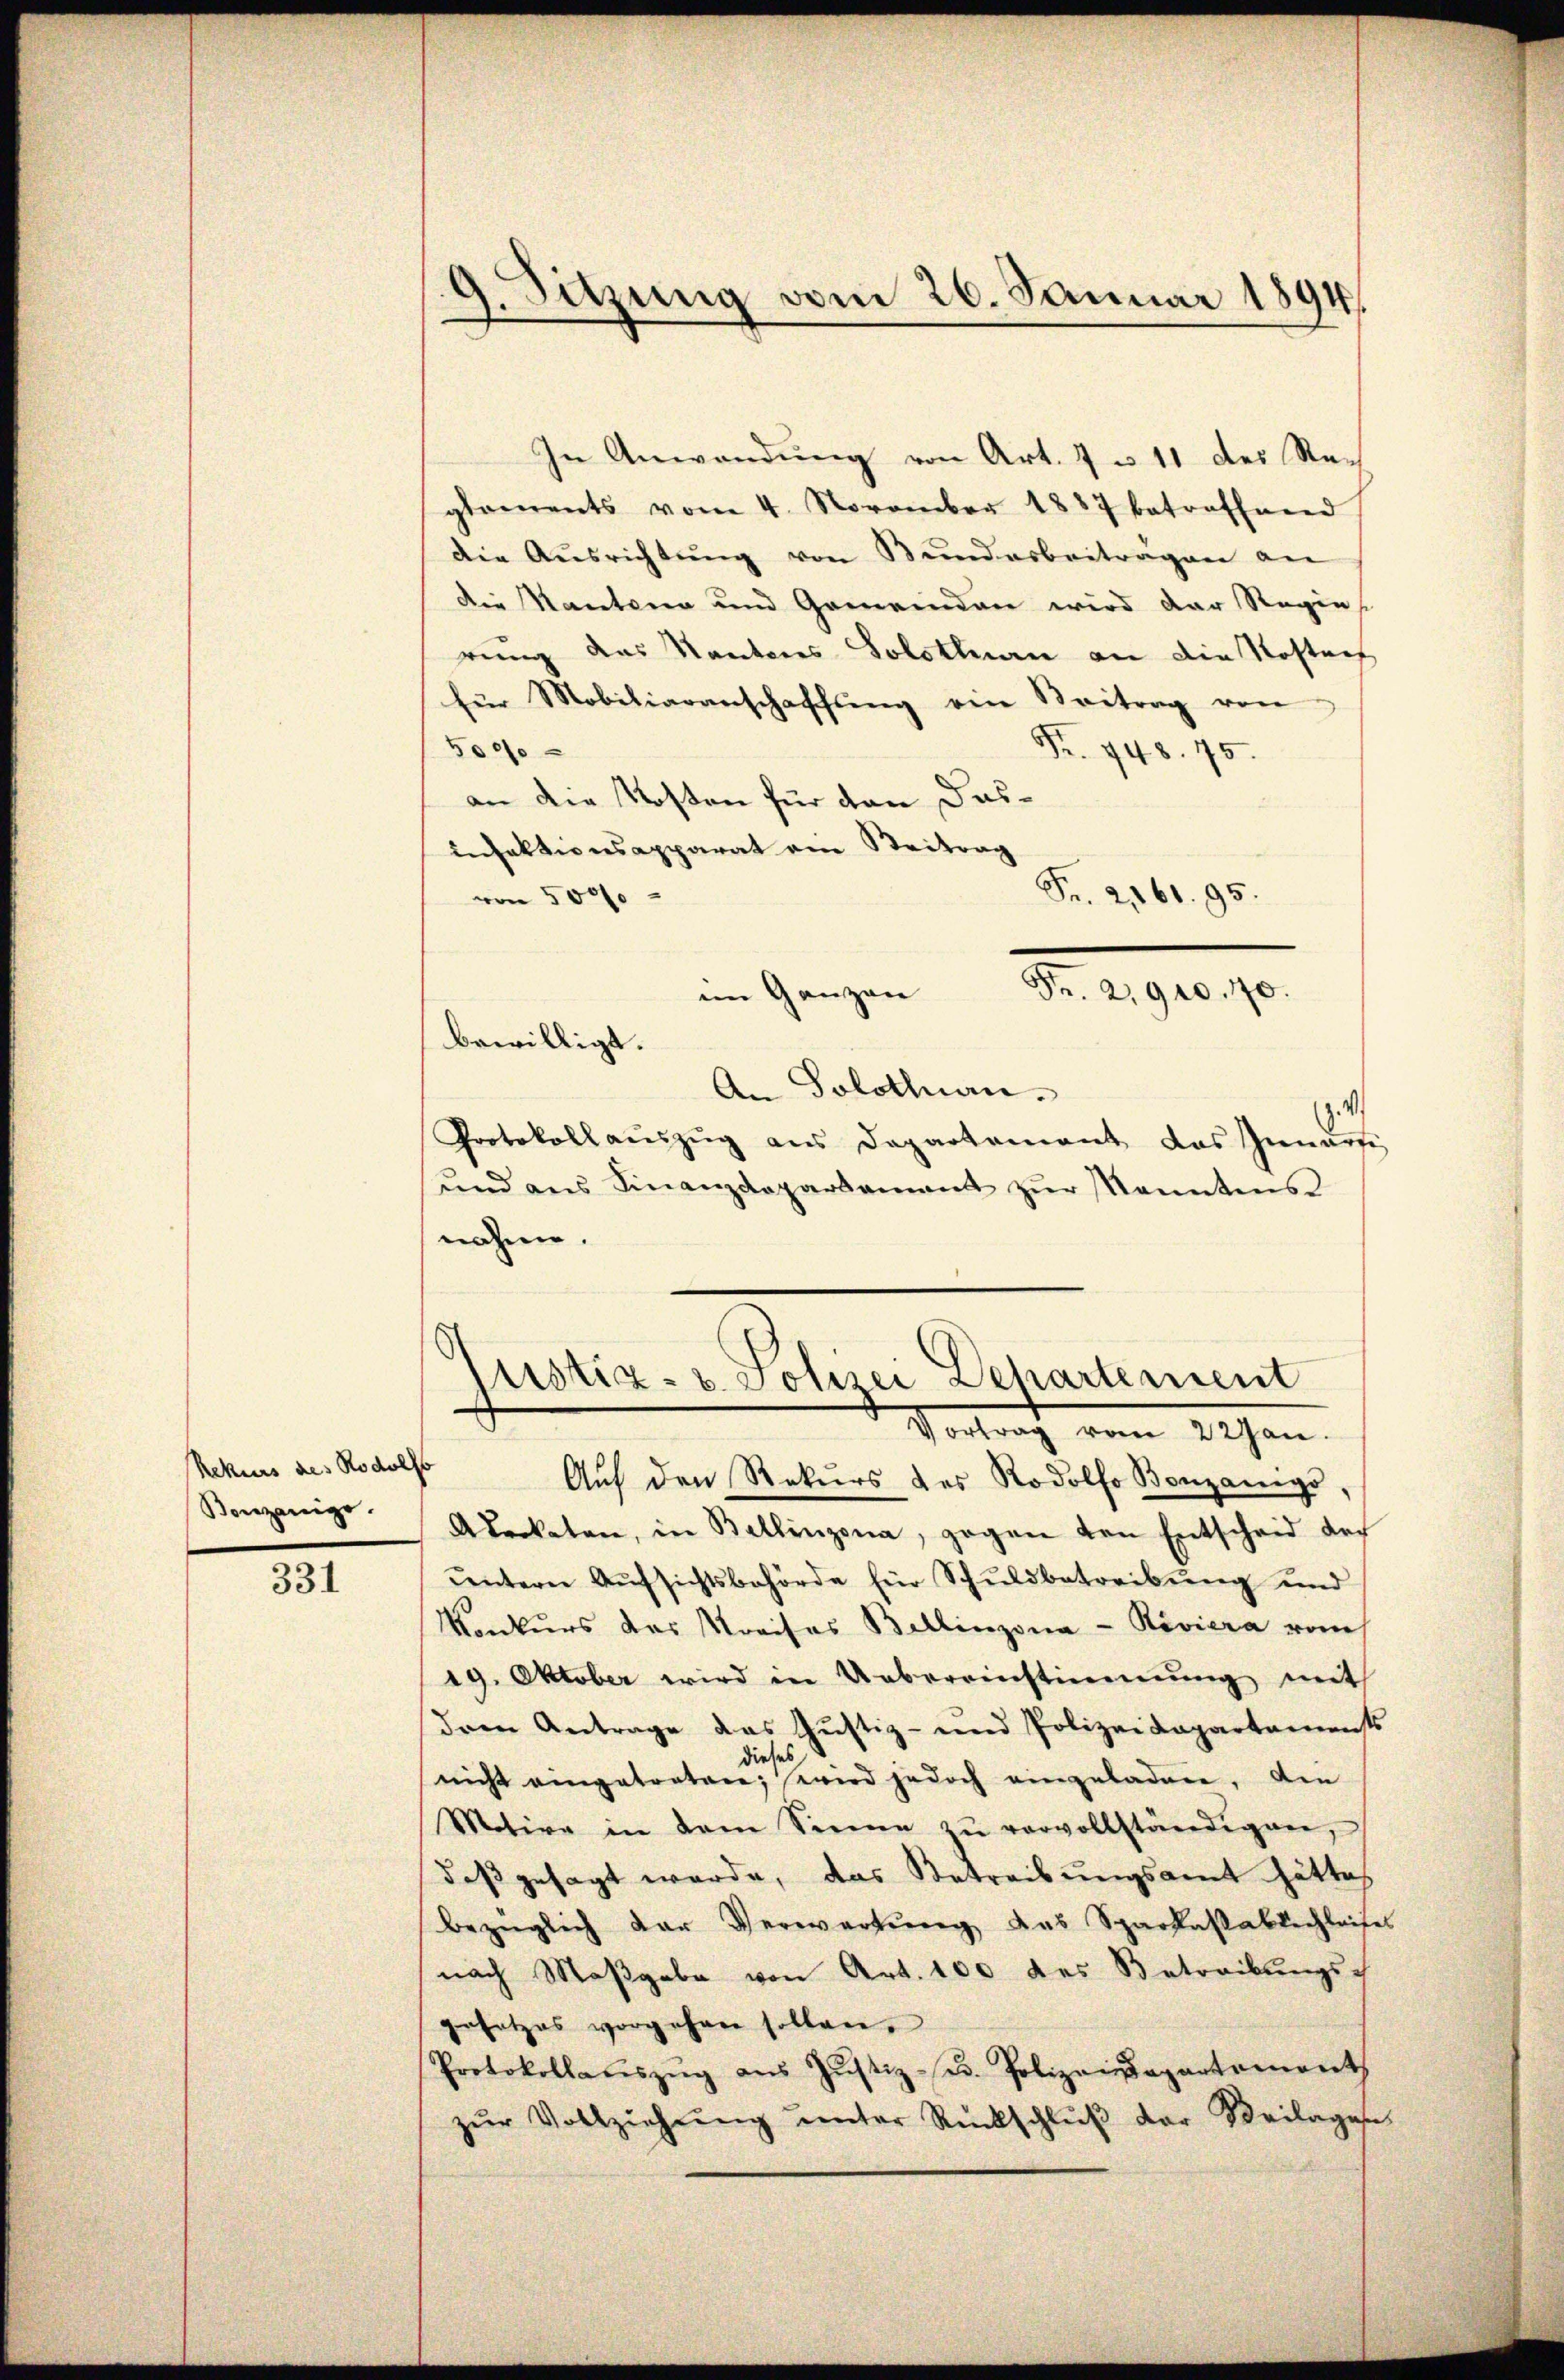
Rekurs des Rodols
Bonzanige.

331

9. Sitzung vom 26. Januar 1894.

In Anwendung von Art. 7 u. 11 des Reglaments vom 4. November 1887 betroffenen
die Aŭsrichtŭng von Bŭndarbeitragen an
die Kantona und Gemeinden wird der Regie
rung das Kantores Solothurn an die Kosten
für Mobiliaranschaffŭng von Beitrag von
5000
Fr. 748. 75.
an die Kosten für den dasinfektionsapparat ein Beitrag
von 5000
eim Ganzen
bewilligt.
An Solothurn.
z. v.
Protokoll aŭszŭg ans Departement das Innarti
ŭnd ans Finanzdepartamant zŭr kanntens
nahme.
ustiz- & Polizei Departement
Vortrag vom 22 Jan.
Auf den Rekurs des Rodolfo Bonzänigs
Akeckaten, in Ballinzona, gegen den Entscheid der
untern Aŭfsichtsbehörde für Schuldbetreibung und
Konkurs das Kreises Bellinzona - Riviera vom
19. Oktober wird in Uebereinstimmung mit
dren Antrage das Justiz- und Polizeidepartements
dieses
nicht eingetratore, wird jedoch eingeladen, den
Motive in dem Sinne zŭ vervollständigen,
daß gesagt werde, das Betreibungsamt hättes
bezüglich der Verwartung das Sparkassablechleise
nach Maßgabe von Art. 100 des Betreibungs-
gesetzes vorgehen sollen.
Protokollaŭszŭg aŭs Jŭstiz- u. Polizeidepartement
zŭr Vollziehŭng ŭnter Rückschlŭβ der Beilagen

Fr. 2161. 95.
Fr. 2,910, 10.